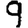
Digit: 9